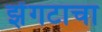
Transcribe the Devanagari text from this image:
झेंगटाचा